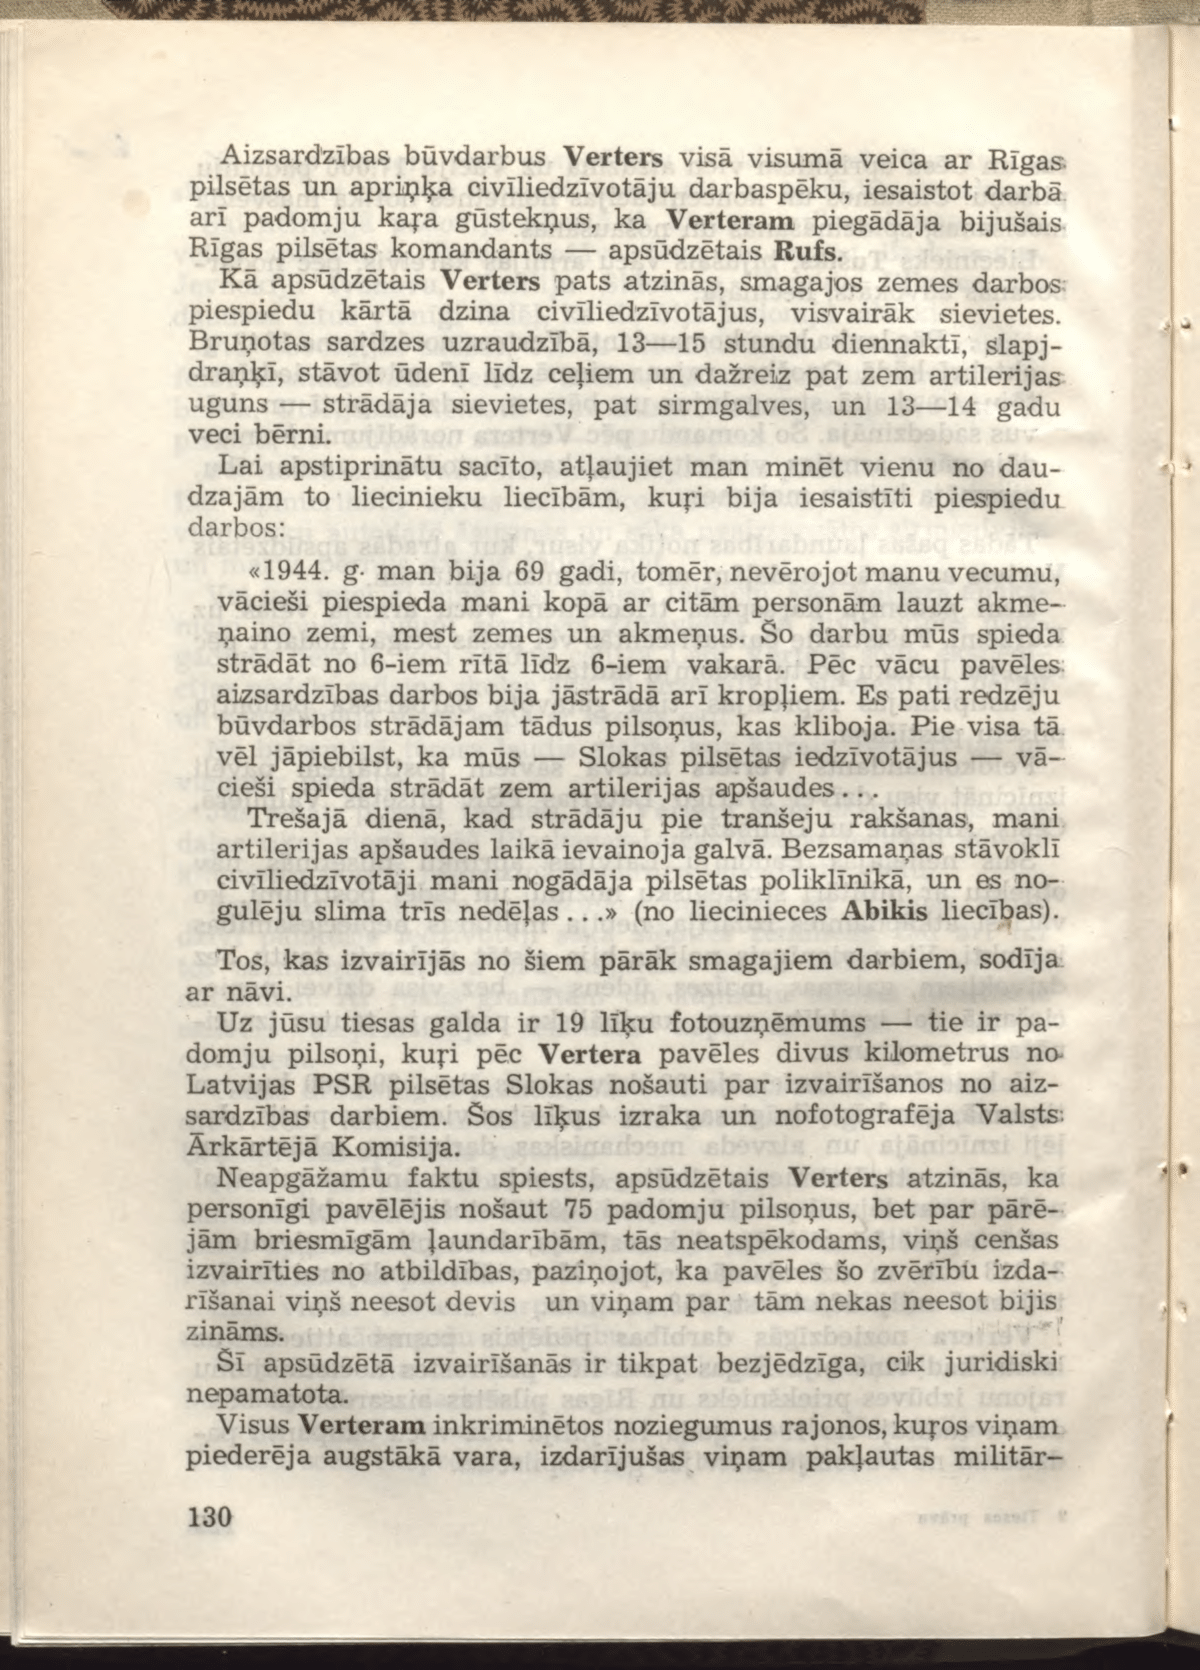
Language: lv